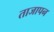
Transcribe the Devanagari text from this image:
ताजापन